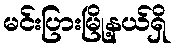
မင်းပြားမြို့နယ်ရှိ